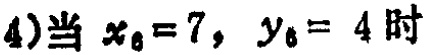
(4)当 \(x_{6}=7,\ y_{6}=4\) 时